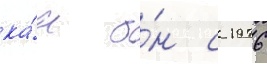
ка́к о́н с 1976